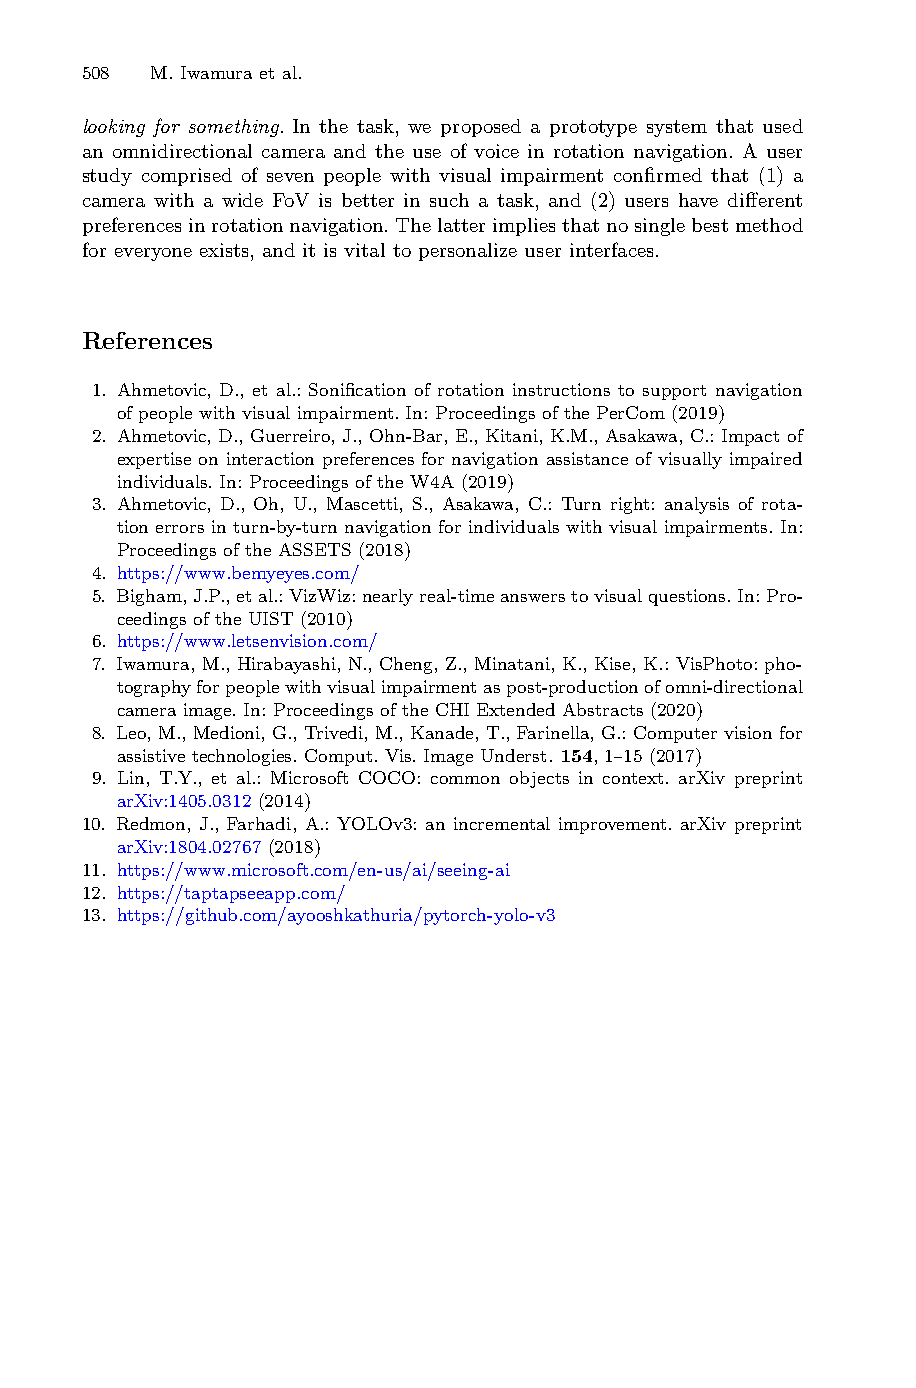
508  M. Iwamura et al.
 looking for something. In the task, we proposed a prototype system that used
 an omnidirectional camera and the use of voice in rotation navigation. A user
 study comprised of seven people with visual impairment confirmed that (1) a
 camera with a wide FoV is better in such a task, and (2) users have different
 preferencesinrotationnavigation.Thelatterimpliesthatnosinglebestmethod
 for everyone exists, and it is vital to personalize user interfaces.
 References
 1. Ahmetovic, D., et al.: Sonification of rotation instructions to support navigation
 of people with visual impairment. In: Proceedings of the PerCom (2019)
 2. Ahmetovic, D., Guerreiro, J., Ohn-Bar, E., Kitani, K.M., Asakawa, C.: Impact of
 expertise on interaction preferences for navigation assistance of visually impaired
 individuals. In: Proceedings of the W4A (2019)
 3. Ahmetovic, D., Oh, U., Mascetti, S., Asakawa, C.: Turn right: analysis of rota-
 tionerrorsin turn-by-turnnavigation forindividuals withvisual impairments. In:
 Proceedings of the ASSETS (2018)
 4. https://www.bemyeyes.com/
 5. Bigham,J.P.,etal.:VizWiz:nearlyreal-timeanswerstovisualquestions.In:Pro-
 ceedings of the UIST (2010)
 6. https://www.letsenvision.com/
 7. Iwamura, M., Hirabayashi, N., Cheng, Z., Minatani, K., Kise, K.: VisPhoto: pho-
 tographyforpeoplewithvisualimpairmentaspost-productionofomni-directional
 camera image. In: Proceedings of the CHI Extended Abstracts (2020)
 8. Leo, M., Medioni, G., Trivedi, M., Kanade, T., Farinella, G.: Computer vision for
 assistive technologies. Comput. Vis. Image Underst. 154, 1–15 (2017)
 9. Lin, T.Y., et al.: Microsoft COCO: common objects in context. arXiv preprint
 arXiv:1405.0312 (2014)
 10. Redmon, J., Farhadi, A.: YOLOv3: an incremental improvement. arXiv preprint
 arXiv:1804.02767 (2018)
 11. https://www.microsoft.com/en-us/ai/seeing-ai
 12. https://taptapseeapp.com/
 13. https://github.com/ayooshkathuria/pytorch-yolo-v3